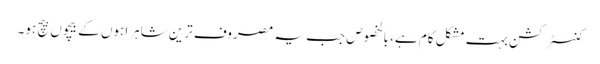
کنسٹرکشن بہت مشکل کام ہے، بالخصوص جب یہ مصروف ترین شاہراہوں کے بیچوں بیچ ہو۔